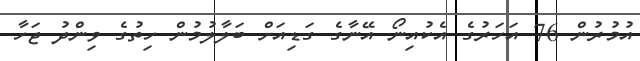
އުމުރުން 76 އަހަރުގެ އެކުއިނޯ އޭނާގެ ގަޑިއަށް ބަލާލުމުން ހިތުގެ ވިންދު ޖަހާ